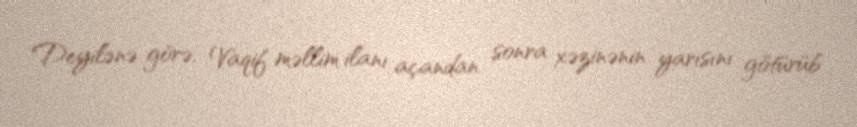
Deyilənə görə, Vaqif məllim ilanı açandan sonra xəzinənin yarısını götürüb